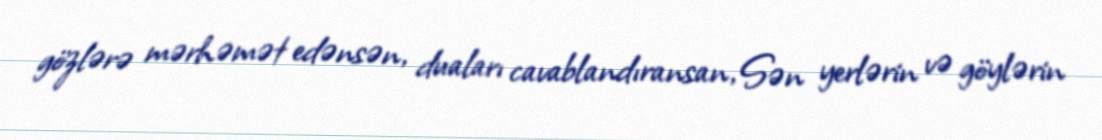
gözlərə mərhəmət edənsən, duaları cavablandıransan, Sən yerlərin və göylərin